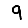
Digit: 9